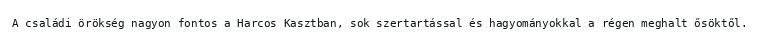
A családi örökség nagyon fontos a Harcos Kasztban, sok szertartással és hagyományokkal a régen meghalt ősöktől.